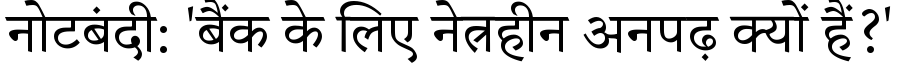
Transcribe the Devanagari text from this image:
नोटबंदी: 'बैंक के लिए नेत्रहीन अनपढ़ क्यों हैं?'